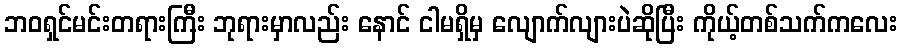
ဘဝရှင်မင်းတရားကြီး ဘုရားမှာလည်း နောင် ငါမရှိမှ လျောက်လျားပဲဆိုပြီး ကိုယ့်တစ်သက်ကလေး